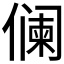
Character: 𱏓